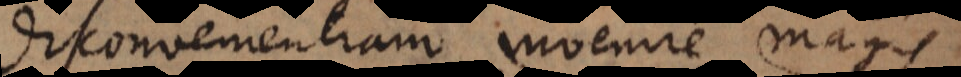
disconvenientiam invenire magis